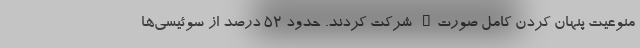
منوعیت پنهان کردن کامل صورت" شرکت کردند. حدود 52 درصد از سوئیسی‌ها